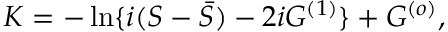
K = - \ln \{ i ( S - { \bar { S } } ) - 2 i G ^ { ( 1 ) } \} + G ^ { ( o ) } ,